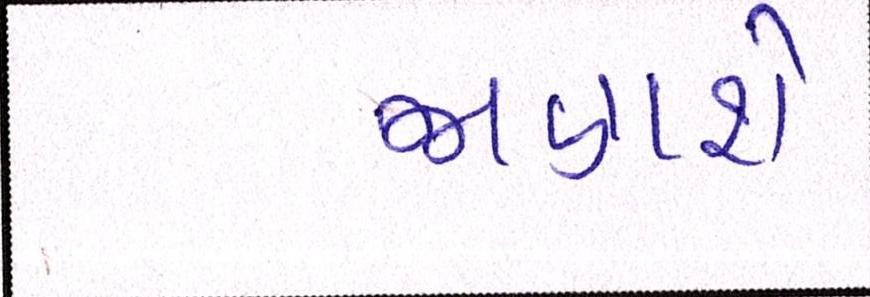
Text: જાણશે